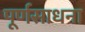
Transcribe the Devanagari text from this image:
पूर्णसाधना